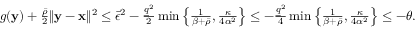
\begin{array} { r } { g ( { \mathbf y } ) + \frac { \bar { \rho } } { 2 } \| { \mathbf y } - { \mathbf x } \| ^ { 2 } \leq \bar { \epsilon } ^ { 2 } - \frac { \underline { { q } } ^ { 2 } } { 2 } \operatorname* { m i n } \left\{ \frac { 1 } { \beta + \bar { \rho } } , \frac { \kappa } { 4 \alpha ^ { 2 } } \right\} \leq - \frac { \underline { { q } } ^ { 2 } } { 4 } \operatorname* { m i n } \left\{ \frac { 1 } { \beta + \bar { \rho } } , \frac { \kappa } { 4 \alpha ^ { 2 } } \right\} \leq - \theta . } \end{array}